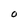
Character: O